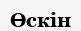
Өскін